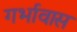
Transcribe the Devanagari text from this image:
गर्भावास